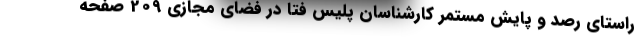
راستای رصد و پایش مستمر کارشناسان پلیس فتا در فضای مجازی 209 صفحه‌